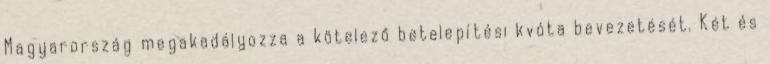
Magyarország megakadályozza a kötelező betelepítési kvóta bevezetését. Két és